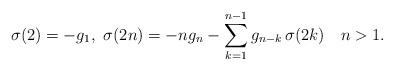
LaTeX: \begin{align*}\sigma(2)=-g_{1},\ \sigma(2n)=-ng_{n}-\sum_{k=1}^{n-1}g_{n-k}\,\sigma(2k)\ \ \ n>1.\end{align*}